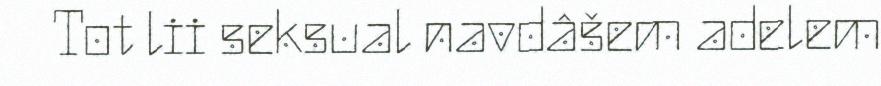
Tot lii seksual navdâšem adelem